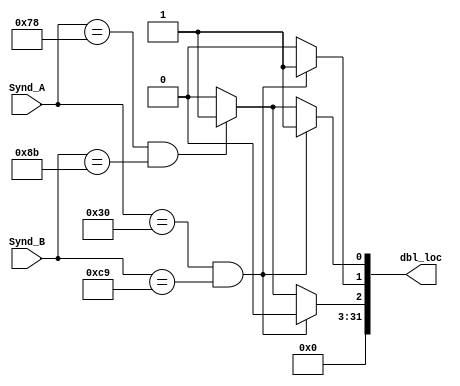
`timescale 1ns / 1ps
module Decode_dbl(
    input [6:0] Synd_A,
    input [7:0] Synd_B,
    output reg [31:0] dbl_loc 

);

always @(*)
     begin
     dbl_loc=0;
     
     if (Synd_A==48 && Synd_B==201)
        begin
        dbl_loc[0]=1;
        dbl_loc[1]=1;
        end 
     else if (Synd_A==120 && Synd_B==139)
        begin
        dbl_loc[0]=1;
        dbl_loc[2]=1;
        end   
     
     end
endmodule